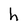
Character: h